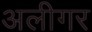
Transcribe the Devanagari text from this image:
अलीगर